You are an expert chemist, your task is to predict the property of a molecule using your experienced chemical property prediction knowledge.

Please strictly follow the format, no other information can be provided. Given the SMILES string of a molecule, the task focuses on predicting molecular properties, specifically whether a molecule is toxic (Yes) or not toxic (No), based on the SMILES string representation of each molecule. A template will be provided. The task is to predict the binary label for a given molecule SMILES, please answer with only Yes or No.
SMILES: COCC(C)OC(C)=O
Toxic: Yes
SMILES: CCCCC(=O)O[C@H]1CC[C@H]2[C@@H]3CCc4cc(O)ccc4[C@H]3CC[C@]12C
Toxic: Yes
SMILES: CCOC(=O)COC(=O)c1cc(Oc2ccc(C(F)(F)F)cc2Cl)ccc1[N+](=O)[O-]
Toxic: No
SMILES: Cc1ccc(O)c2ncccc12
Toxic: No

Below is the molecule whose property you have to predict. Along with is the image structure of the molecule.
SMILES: COc1cccc2c1cc([N+](=O)[O-])c1c(C(=O)[O-])cc3c(c12)OCO3
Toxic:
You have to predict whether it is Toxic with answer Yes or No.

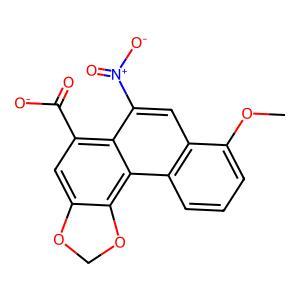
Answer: No